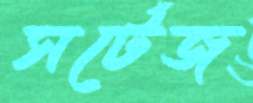
সর্টেজ